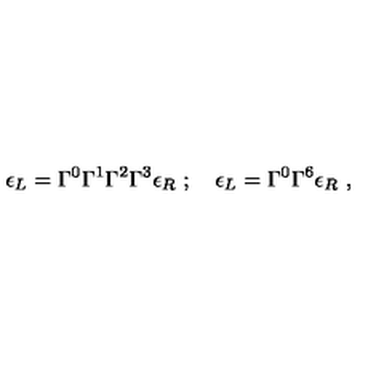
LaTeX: \epsilon _ { L } = \Gamma ^ { 0 } \Gamma ^ { 1 } \Gamma ^ { 2 } \Gamma ^ { 3 } \epsilon _ { R } \ ; \quad \epsilon _ { L } = \Gamma ^ { 0 } \Gamma ^ { 6 } \epsilon _ { R } \ ,